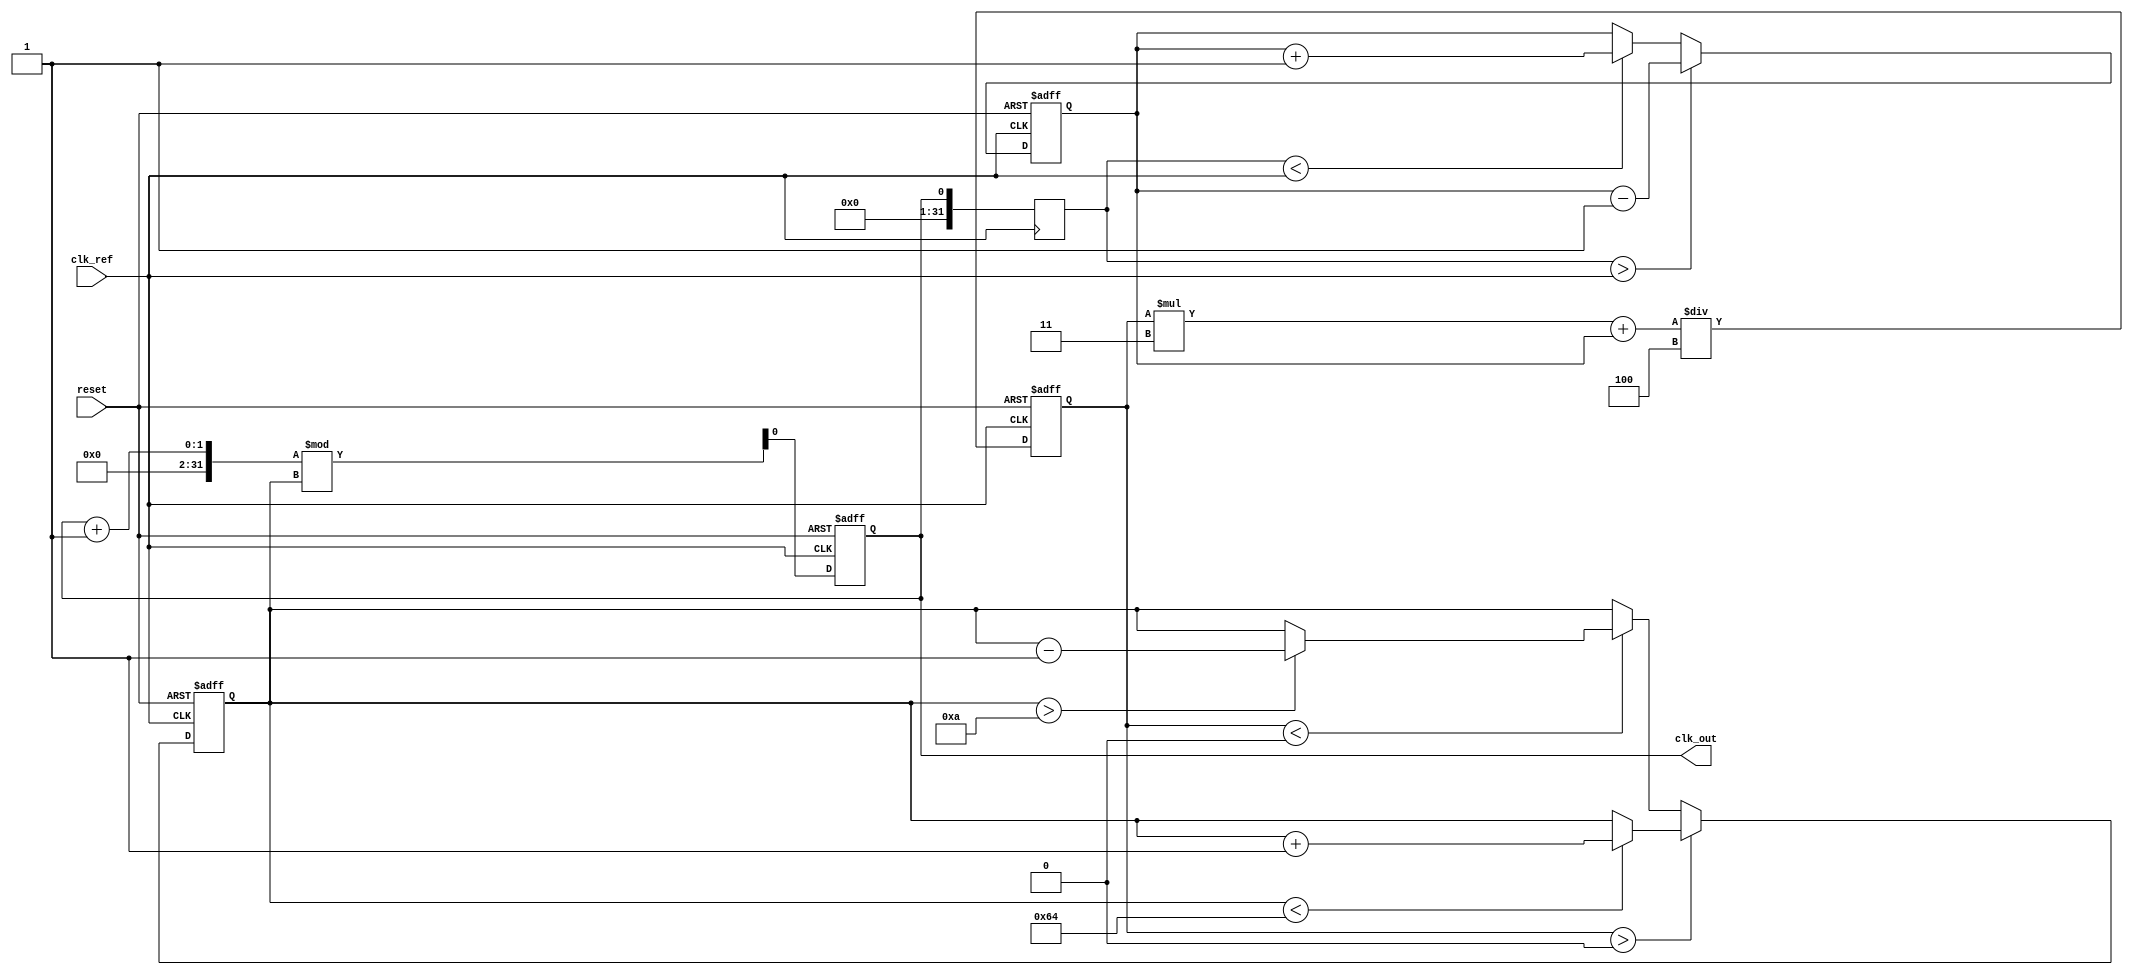
module pll (
    input wire clk_ref,          // Reference clock input
    input wire reset,            // Asynchronous reset
    output reg clk_out           // Output clock
);

// Parameters
parameter integer VCO_MAX_FREQ = 100; // Max frequency of VCO
parameter integer VCO_MIN_FREQ = 10;  // Min frequency of VCO
parameter integer VCO_STEP = 1;        // Frequency step for VCO
parameter integer LPF_COEFF = 4;       // Low-pass filter coefficient

// Internal signals
reg [31:0] phase_error;               // Phase error signal
reg [31:0] control_voltage;            // Control voltage for VCO
reg [31:0] vco_freq;                   // Current frequency of VCO
reg [31:0] feedback;                   // Feedback signal from VCO

// Phase Detector (PD)
always @(posedge clk_ref or posedge reset) begin
    if (reset) begin
        phase_error <= 0;
    end else begin
        // Simple phase detector logic
        if (feedback > clk_ref) begin
            phase_error <= phase_error - 1; // Lagging
        end else if (feedback < clk_ref) begin
            phase_error <= phase_error + 1; // Leading
        end
    end
end

// Low-Pass Filter (LPF)
always @(posedge clk_ref or posedge reset) begin
    if (reset) begin
        control_voltage <= 0;
    end else begin
        control_voltage <= (control_voltage * (LPF_COEFF - 1) + phase_error) / LPF_COEFF;
    end
end

// Voltage-Controlled Oscillator (VCO)
always @(posedge clk_ref or posedge reset) begin
    if (reset) begin
        vco_freq <= VCO_MIN_FREQ; // Start at minimum frequency
        clk_out <= 0;
    end else begin
        // Adjust VCO frequency based on control voltage
        if (control_voltage > 0) begin
            if (vco_freq < VCO_MAX_FREQ) begin
                vco_freq <= vco_freq + VCO_STEP; // Increase frequency
            end
        end else if (control_voltage < 0) begin
            if (vco_freq > VCO_MIN_FREQ) begin
                vco_freq <= vco_freq - VCO_STEP; // Decrease frequency
            end
        end
        
        // Generate output clock based on VCO frequency
        clk_out <= (clk_out + 1) % vco_freq; // Simple clock generation
    end
end

// Feedback loop
always @(posedge clk_ref) begin
    feedback <= clk_out; // Feedback from output clock
end

endmodule